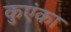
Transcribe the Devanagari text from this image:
कुएंका